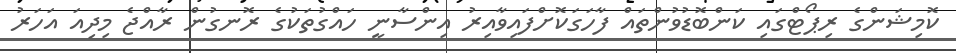
ކޮމިޝަންގެ ރިޕޯޓްގައި ކަންބޮޑުވުންތައް ފާހަގަކޮށްފައިވާއިރު އިންސާނީ ހައްގުތަކުގެ ރޮނގުން ރާއްޖެ މިދިއަ އަހަރު